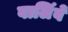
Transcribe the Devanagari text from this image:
वालिंबे